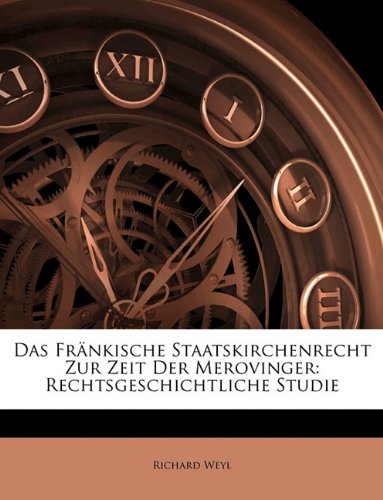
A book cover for Das FrÃ¤nkische Staatskirchenrecht Zur Zeit Der Merovinger: Rechtsgeschichtliche Studie (German Edition); Richard Weyl; History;